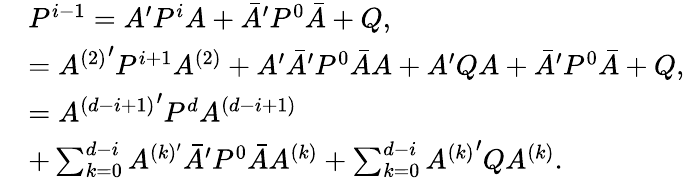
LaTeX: \begin{array}{rl}&{P^{i-1}=A^{\prime}P^{i}A+\bar{A}^{\prime}P^{0}\bar{A}+Q,}\\ &{={A^{(2)}}^{\prime}P^{i+1}A^{(2)}+A^{\prime}\bar{A}^{\prime}P^{0}\bar{A}A+A^{\prime}QA+\bar{A}^{\prime}P^{0}\bar{A}+Q,}\\ &{={A^{(d-i+1)}}^{\prime}P^{d}A^{(d-i+1)}}\\ &{+\sum_{k=0}^{d-i}A^{(k)^{\prime}}\bar{A}^{\prime}P^{0}\bar{A}A^{(k)}+\sum_{k=0}^{d-i}{A^{(k)}}^{\prime}QA^{(k)}.}\end{array}